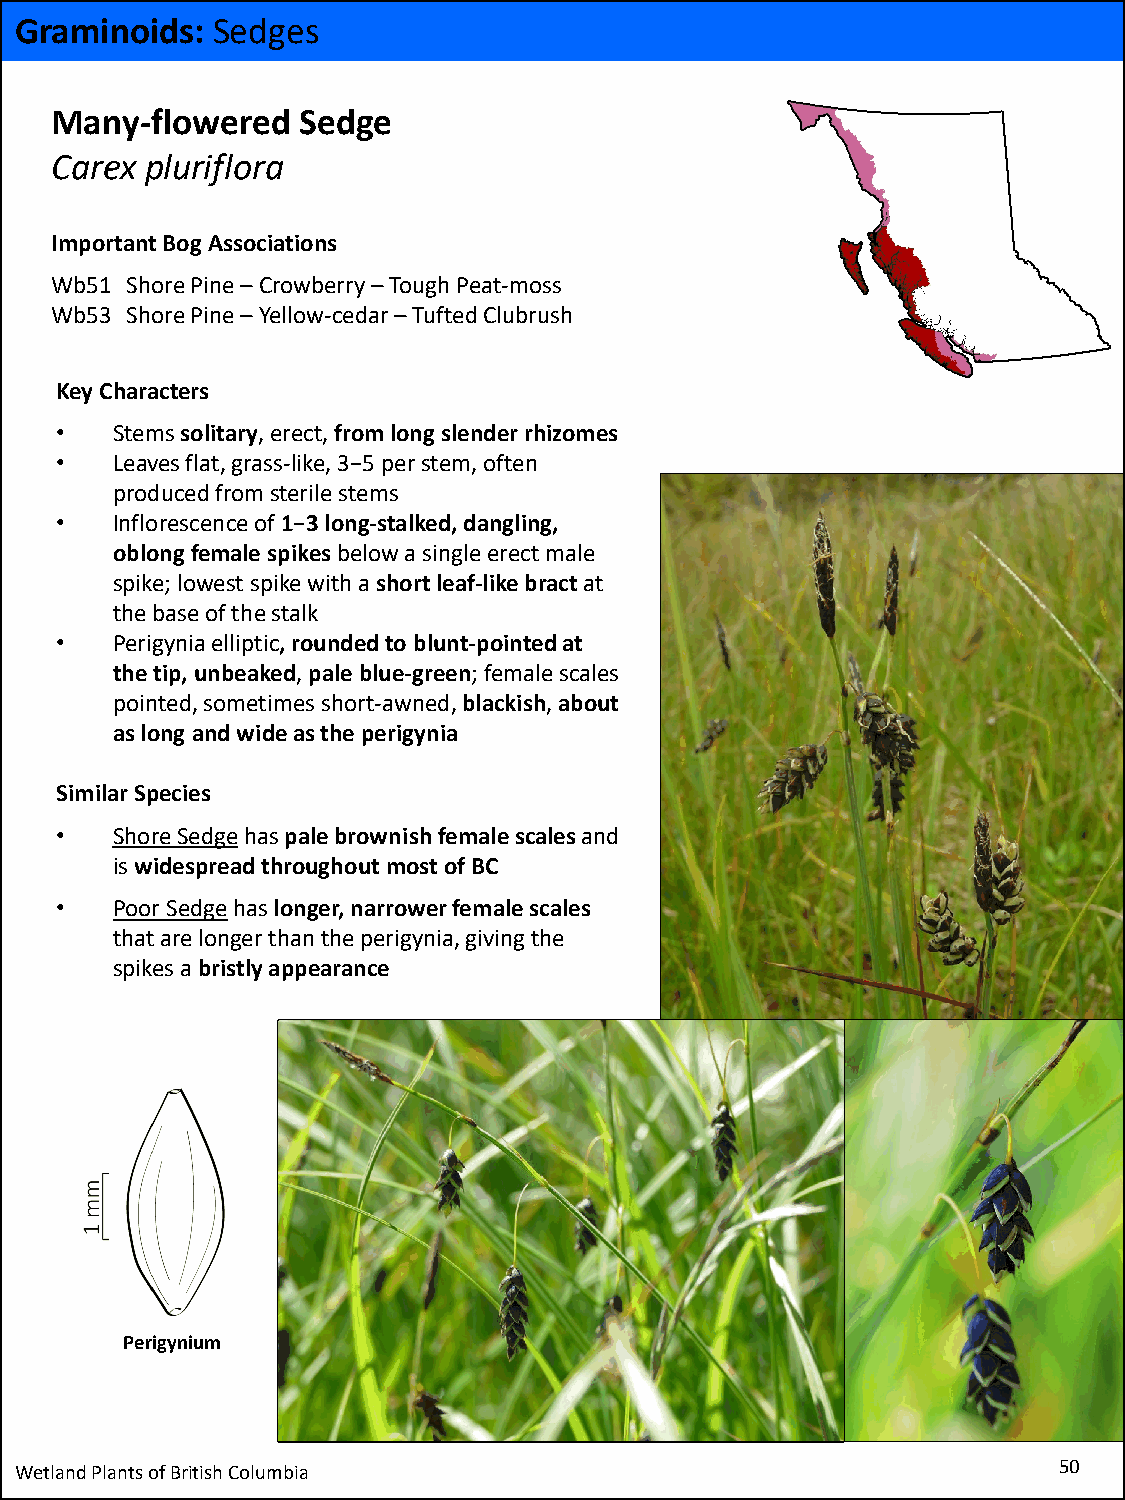
Graminoids:  Sedges
 Many-flowered    Sedge
 Carex  pluriflora
 Important Bog Associations
 Wb51 Shore Pine –Crowberry –Tough Peat-moss
 Wb53 Shore Pine –Yellow-cedar –Tufted Clubrush
 Key Characters
 •  Stems solitary, erect, from long slender rhizomes
 •  Leaves flat, grass-like, 3−5 per stem, often
 produced from sterile stems
 •  Inflorescence of 1−3 long-stalked, dangling,
 oblong female spikesbelow a single erect male
 spike; lowest spike with a shortleaf-like bract at
 the base of the stalk
 •  Perigynia elliptic, rounded to blunt-pointed at
 the tip, unbeaked, pale blue-green; female scales
 pointed, sometimes short-awned, blackish, about
 as long and wide as the perigynia
 Similar Species
 •  Shore Sedgehas pale brownish female scales and
 is widespread throughout most of BC
 •  Poor Sedgehaslonger, narrower female scales
 that are longer than the perigynia, giving the
 spikes a bristly appearance
 Perigynium
 Wetland Plants of British Columbia                                   50